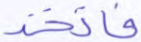
فاتخذ